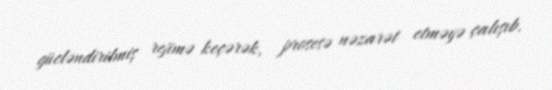
gücləndirilmiş rejimə keçərək, prosesə nəzarət etməyə çalışıb.